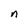
Character: n